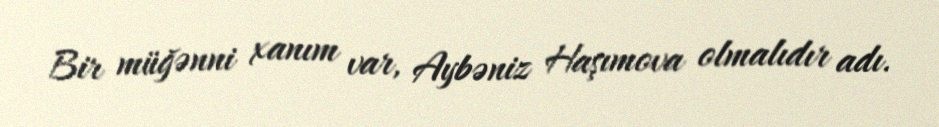
Bir müğənni xanım var, Aybəniz Haşımova olmalıdır adı.